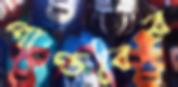
পাণ্ডবের